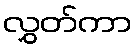
လွှတ်ကာ